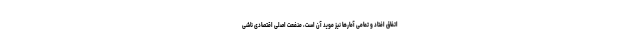
اتفاق افتاد و تمامی آمارها نیز موید آن است، منفعت اصلی اقتصادی ناشی